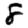
Digit: 8